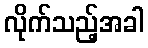
လိုက်သည့်အခါ